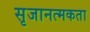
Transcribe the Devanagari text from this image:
सृजानत्मकता